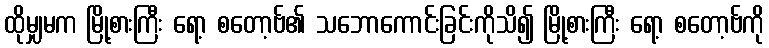
ထိုမျှမက မြို့စားကြီး ရော့ စတော့ဗ်၏ သဘောကောင်းခြင်းကိုသိ၍ မြို့စားကြီး ရော့ စတော့ဗ်ကို